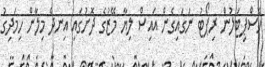
ހޮސްޕިޓަލުން ރިޕޯޓު ނަގައިގެން އައިސް ލިޔާ މޭޒުގެ ދޮށުގައި އިނދެ މިލާން ހިމަދިގު